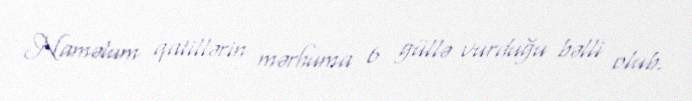
Naməlum qatillərin mərhuma 6 güllə vurduğu bəlli olub.